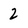
Character: 2